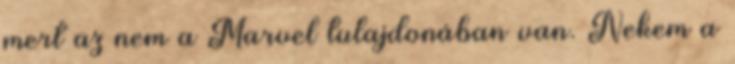
mert az nem a Marvel tulajdonában van. Nekem a